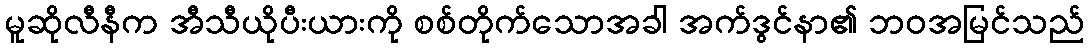
မူဆိုလီနီက အီသီယိုပီးယားကို စစ်တိုက်သောအခါ အက်ဒွင်နာ၏ ဘဝအမြင်သည်